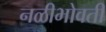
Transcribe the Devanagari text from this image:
नळीभोवती